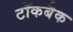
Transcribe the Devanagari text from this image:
टॉकबैक